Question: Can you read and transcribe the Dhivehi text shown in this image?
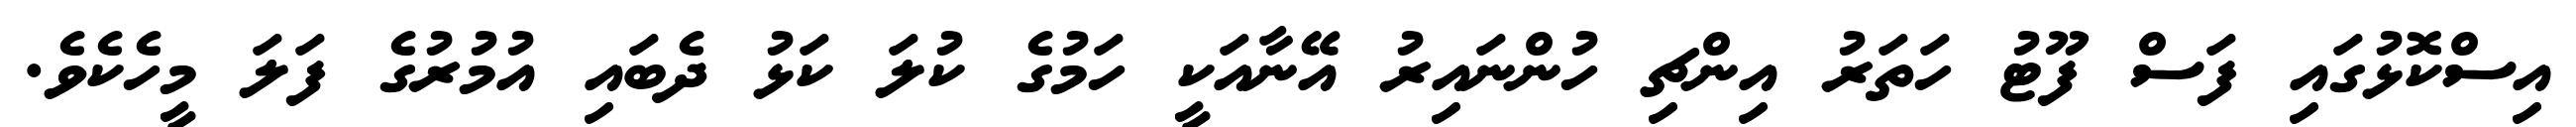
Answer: އިސްކޮޅުގައި ފަސް ފޫޓު ހަތަރު އިންޗި ހުންނައިރު އޭނާއަކީ ހަމުގެ ކުލަ ކަޅު ދެބައި އުމުރުގެ ފަލަ މީހެކެވެ.